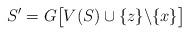
LaTeX: \begin{align*}S'=G\bigl[V(S)\cup\{z\}\backslash\{x\}\bigr]\end{align*}